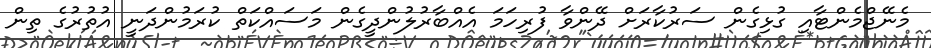
މެނޭޖްމެންޓާއި ގުޅިގެން ސަރުކާރަށް ދޭންވާ ފުރިހަމަ އެއްބާރުލުންދީގެން މަސައްކަތް ކުރަމުންދަނީ އުތުރުގެ ތިން